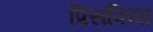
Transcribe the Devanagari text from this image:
प्रिंसपिया